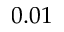
0 . 0 1